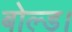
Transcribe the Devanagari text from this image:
बोल्ड।